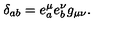
\delta _ { a b } = e _ { a } ^ { \mu } e _ { b } ^ { \nu } g _ { \mu \nu } .